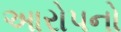
આરોપનો